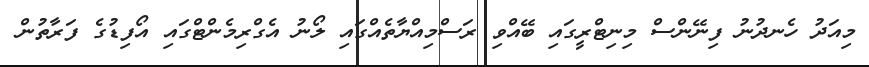
މިއަދު ހެނދުނު ފިނޭންސް މިނިޓްރީގައި ބޭއްވި ރަސްމިއްޔާތެއްގައި ލޯނު އެގްރިމެންޓްގައި އޯފިޑުގެ ފަރާތުން